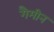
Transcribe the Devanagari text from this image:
गैमीन